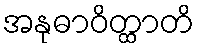
အနုဓာဝိတ္ထာတိ